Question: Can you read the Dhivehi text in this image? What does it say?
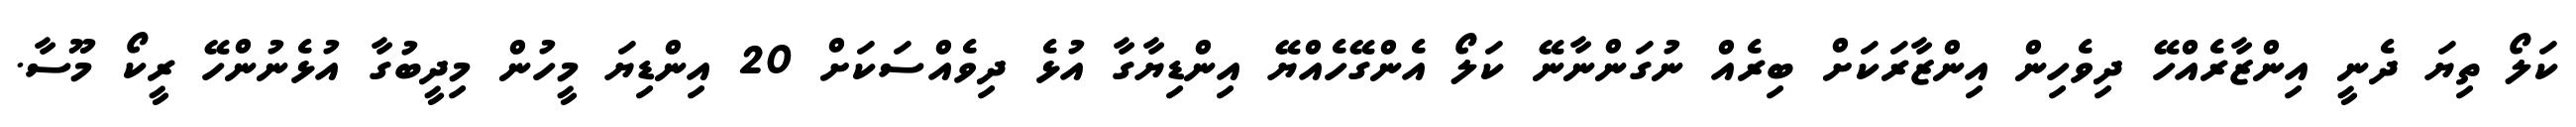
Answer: ކަލޯ ތިޔަ ދެނީ އިންޒާރެއްހޭ ދިވެހިން އިންޒާރަކަށް ބިރެއް ނުގަންނާނޭ ކަލޯ އެންގޭހެއްޔޭ އިންޑިޔާގާ އުޅެ ދިވެއްސަކަށް 20 އިންޑިޔަ މީހުން މިދީބުގާ އުޅެނުންހޭ ރީކޯ މޫސާ.